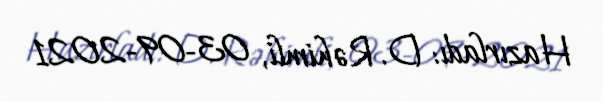
Hazırladı: D. Rəhimli, 03-09-2021